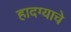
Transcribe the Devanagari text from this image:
हादग्याचे